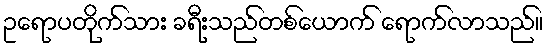
ဥရောပတိုက်သား ခရီးသည်တစ်ယောက် ရောက်လာသည်။